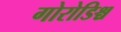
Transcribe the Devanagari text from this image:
गोरोडिश्च